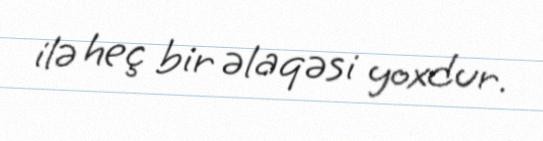
ilə heç bir əlaqəsi yoxdur.